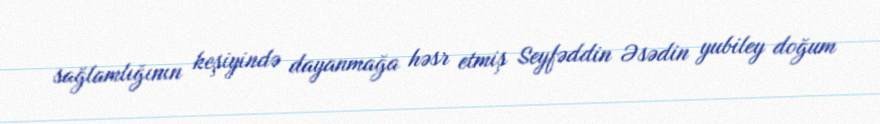
sağlamlığının keşiyində dayanmağa həsr etmiş Seyfəddin Əsədin yubiley doğum